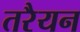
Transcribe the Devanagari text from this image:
तरैयन